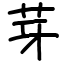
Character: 芽